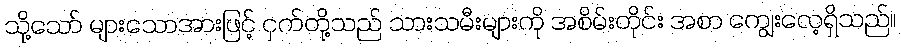
သို့သော် များသောအားဖြင့် ငှက်တို့သည် သားသမီးများကို အစိမ်းတိုင်း အစာ ကျွေးလေ့ရှိသည်။